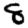
Digit: 8